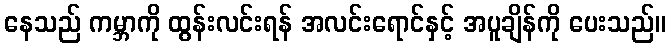
နေသည် ကမ္ဘာကို ထွန်းလင်းရန် အလင်းရောင်နှင့် အပူချိန်ကို ပေးသည်။